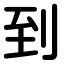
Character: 到